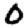
Digit: 0